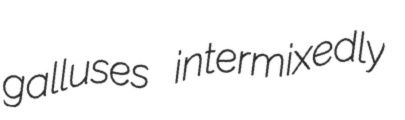
galluses intermixedly